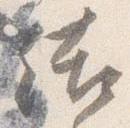
結